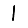
Digit: 1